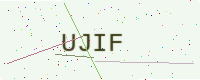
Text: UJIF